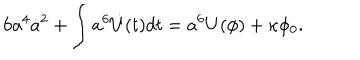
LaTeX: 6 a ^ { 4 } \dot { a } ^ { 2 } + \int a ^ { 6 } \dot { U } ( t ) d t = a ^ { 6 } U ( \phi ) + \kappa \phi _ { 0 } .